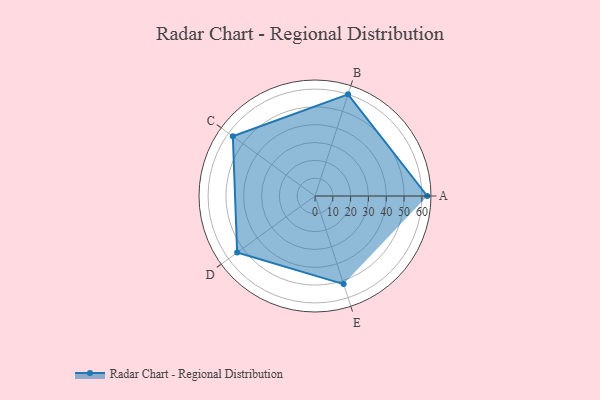
{"axis": {"x": "Skill", "y": "Score"}, "legend": ["Profile"], "data": [{"x": "A", "y": 63.0, "type": "Profile"}, {"x": "B", "y": 60.0, "type": "Profile"}, {"x": "C", "y": 57.0, "type": "Profile"}, {"x": "D", "y": 54.0, "type": "Profile"}, {"x": "E", "y": 52.0, "type": "Profile"}]}